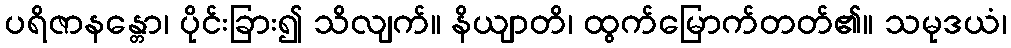
ပရိဇာနန္တော၊ ပိုင်းခြား၍ သိလျက်။ နိယျာတိ၊ ထွက်မြောက်တတ်၏။ သမုဒယံ၊